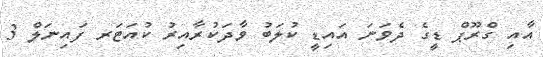
އާއި ގްރޫޕް ޑީގެ ދެވަނަ އައިޑީ ކުލަބު ވާދަކުރާއިރު ކުއަޓަރ ފައިނަލް 3